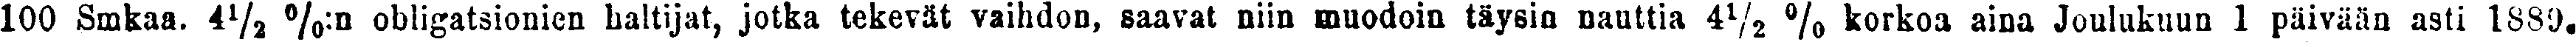
100 Smkaa. 4½ %:n obligatsionien haltijat, jotka tekevät vaihdon, saavat niin muodoin täysin nauttia 4½ % korkoa aina Joulukuun 1 päivään asti 1889.